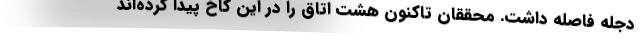
دجله فاصله داشت. محققان تاکنون هشت اتاق را در این کاخ پیدا کرده‌اند